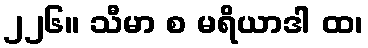
၂၂၆။ သီမာ စ မရိယာဒါ ထ၊